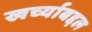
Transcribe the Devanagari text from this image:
खर्च्याबद्दल